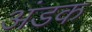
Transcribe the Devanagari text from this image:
अंडक